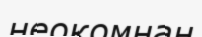
неокомнан